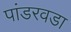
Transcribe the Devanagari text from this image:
पांडरवडा